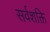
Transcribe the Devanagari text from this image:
सर्वशक्ति